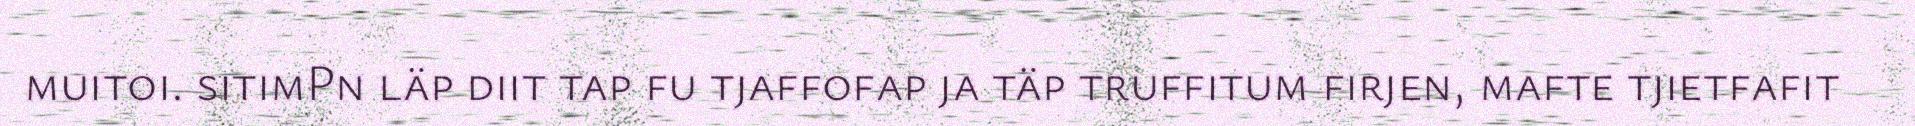
muitoi. sitimPn läp diit tap fu tjaffofap ja täp truffitum firjen, mafte tjietfafit